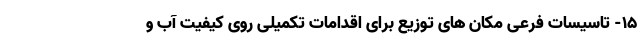
۱۵- تاسیسات فرعی مکان های توزیع برای اقدامات تکمیلی روی کیفیت آب و